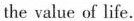
the value of life.